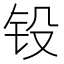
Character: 𨱁